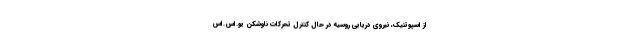
از اسپوتنیک، نیروی دریایی روسیه در حال کنترل تحرکات ناوشکن یو.اس.اس